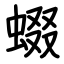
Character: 蝃